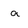
Character: a